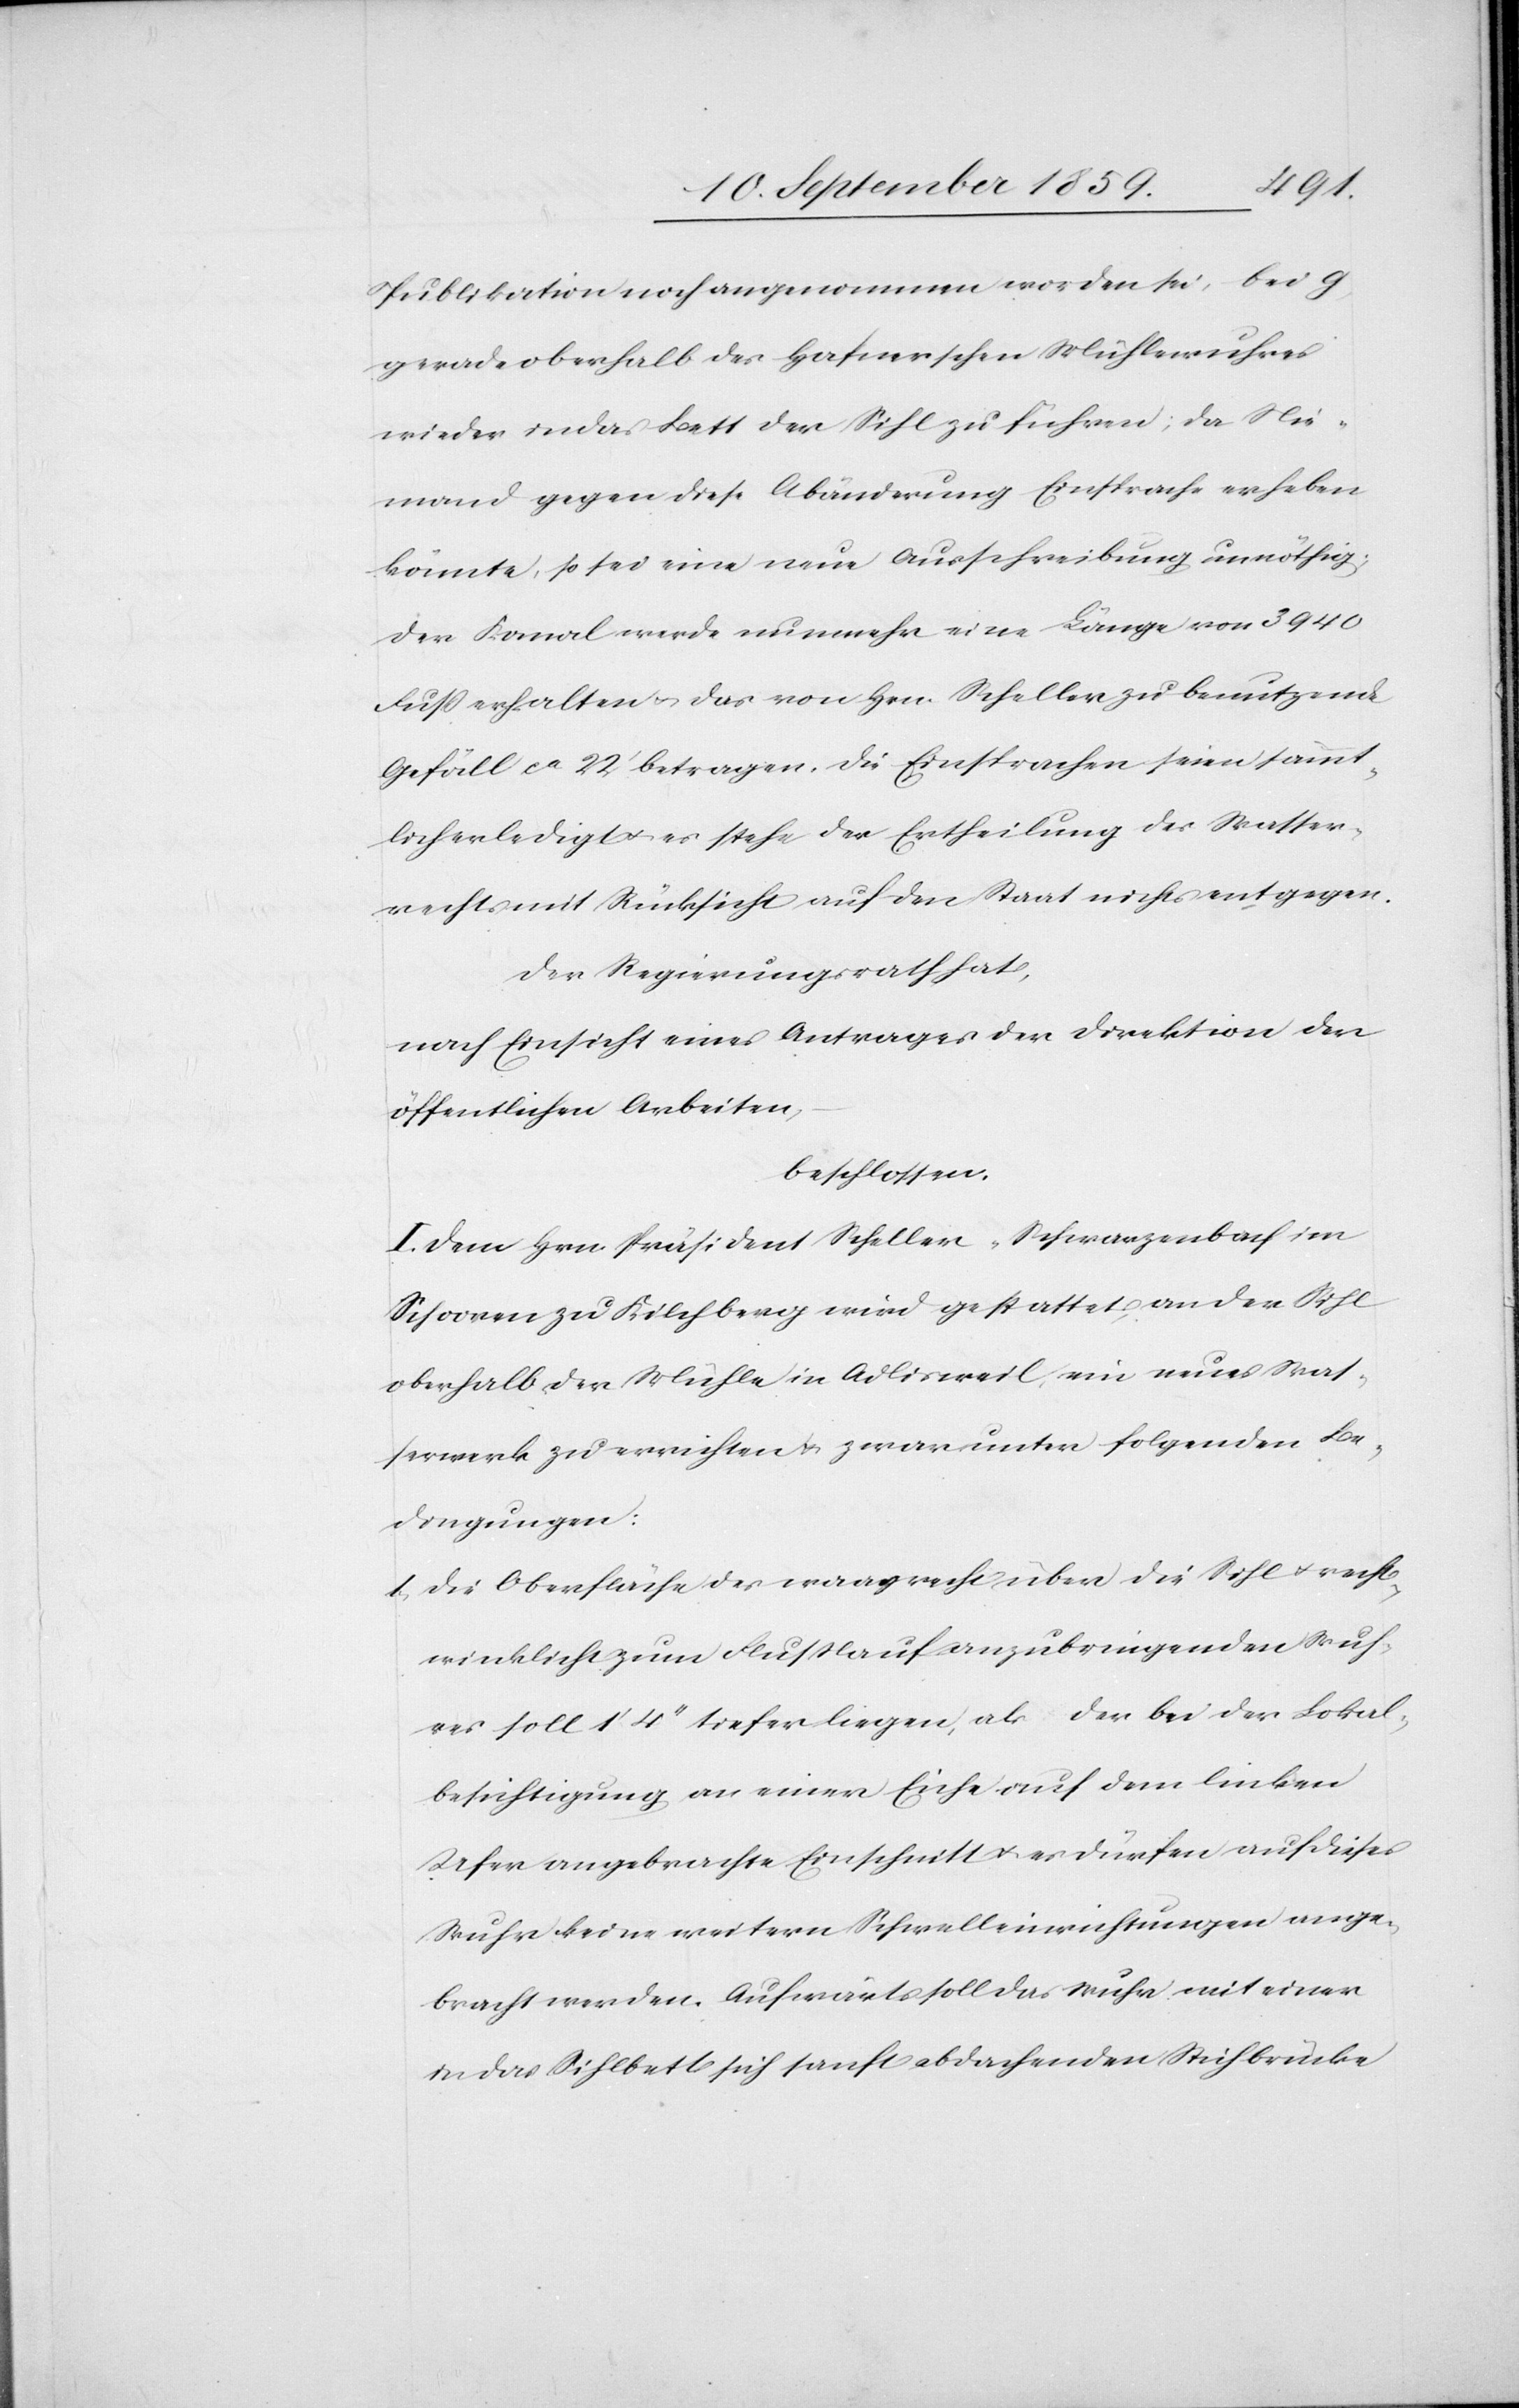
Publikation noch angenommen worden sei, bei g
gerade oberhalb des Hafnerschen Mühlewuhres
wieder in das Bett der Sihl zu führen; da Nie¬
mand gegen diese Abänderung Einsprache erheben
könnte, so sei eine neue Ausschreibung unnöthig.
Der Kanal werde nunmehr eine Länge von 3940
Fuß erhalten & das von Hrn. Scheller zu benutzende
Gefäll ca 22’ betragen. Die Einsprachen seien sämmt¬
lich erledigt & es stehe der Ertheilung des Wasser¬
rechts mit Rücksicht auf den Staat nichts entgegen.
Der Regierungsrath hat,
nach Einsicht eines Antrages der Direktion der
öffentlichen Arbeiten,
beschlossen:
I. Dem Hrn. Präsident Scheller-Schwarzenbach im
Schooren zu Kilchberg wird gestattet, an der Sihl
oberhalb der Mühle in Adlisweil, ein neues Was¬
serwerk zu errichten & zwar unter folgenden Be¬
dingungen:
1. Die Oberfläche des waagrecht über die Sihl & recht¬
winklicht zum Flußlauf anzubringenden Wuh¬
res soll 1’ 4’’ tiefer liegen, als der bei der Lokal¬
besichtigung an einer Eiche auf dem linken
Ufer angebrachte Einschnitt & es dürfen auf dieses
Wuhr keine weitern Schwelleinrichtungen ange¬
bracht werden. Aufwärts soll das Wuhr mit einer
in das Sihlbett sich sanft obdachenden Sihlbrücke